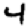
Digit: 4